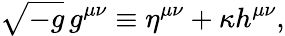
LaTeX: \sqrt{-g}\, g^{\mu\nu}\equiv\eta^{\mu\nu}+\kappa h^{\mu\nu},